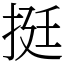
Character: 挺